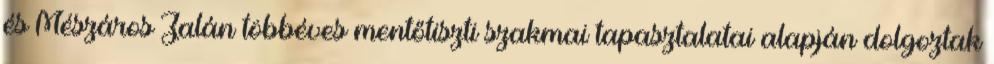
és Mészáros Zalán többéves mentőtiszti szakmai tapasztalatai alapján dolgoztak